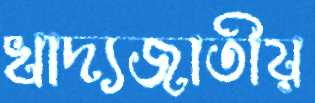
খাদ্যজাতীয়